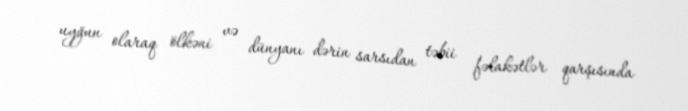
uyğun olaraq ölkəni və dünyanı dərin sarsıdan təbii fəlakətlər qarşısında